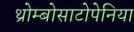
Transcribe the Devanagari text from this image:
थ्रोम्बोसाटोपेनिया